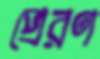
প্রেরণ